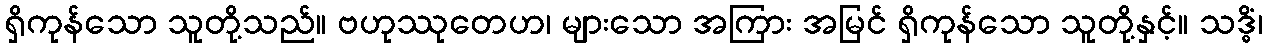
ရှိကုန်သော သူတို့သည်။ ဗဟုဿုတေဟ၊ များသော အကြား အမြင် ရှိကုန်သော သူတို့နှင့်။ သဒ္ဓိံ၊